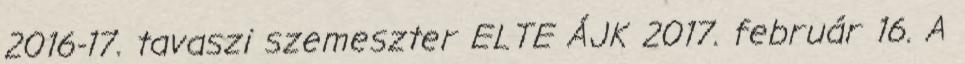
2016-17. tavaszi szemeszter ELTE ÁJK 2017. február 16. A